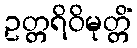
ဥတ္တရိဝိမုတ္တိံ